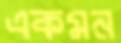
একমন